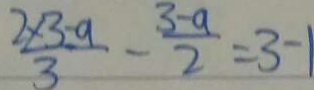
\frac { 2 \times 3 - a } { 3 } - \frac { 3 - a } { 2 } = 3 - 1